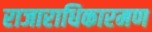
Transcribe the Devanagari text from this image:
राजाराधिकारमण